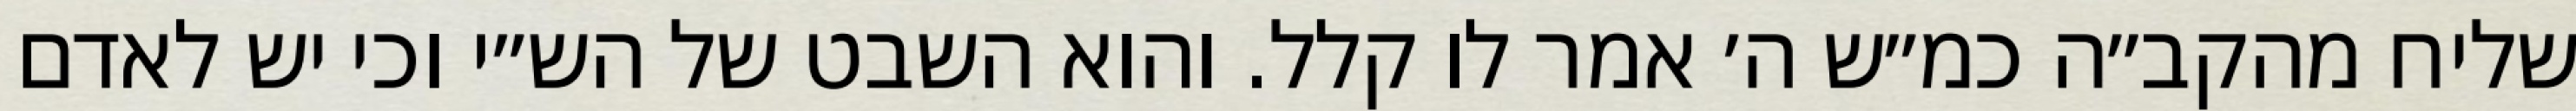
שליח מהקב״ה כמ״ש ה׳ אמר לו קלל. והוא השבט של הש״י וכי יש לאדם